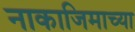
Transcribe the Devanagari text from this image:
नाकाजिमाच्या